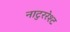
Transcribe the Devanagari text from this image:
नाटुररेश्ट